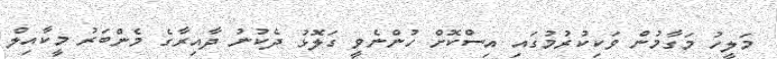
މަލީހު މަގާމުން ވަކިކުރުމުގައި އިސްކޮށް ހުންނެވީ ގަލޮޅު ދެކުނު ދާއިރާގެ މެންބަރު މީކާއިލް